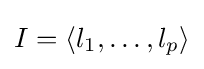
I=\langle l_{1},\ldots ,l_{p}\rangle